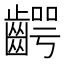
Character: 齶